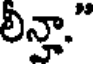
లిన్హా."